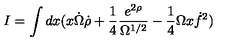
I = \int d x ( x \dot { \Omega } \dot { \rho } + \frac { 1 } { 4 } \frac { e ^ { 2 \rho } } { \Omega ^ { 1 / 2 } } - \frac { 1 } { 4 } \Omega x \dot { f } ^ { 2 } )